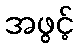
အဖွင့်